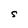
Character: S